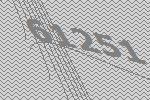
61251